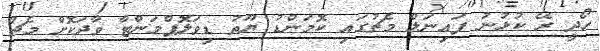
ހޯދީ ރޭ ކުޅުނު ފައިނަލް މެޗުގައި ކޮމަންޑު ޔޫތު ޑިވަލޮޕްމަންޓާ ވާދަކޮށް މެޗު